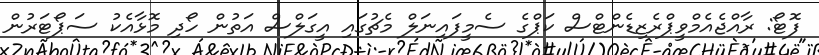
ފޮޓޯ: ރާއްޖެއެމްވީޕްރެޒިޑެންޓްސް ކަޕްގެ ސެމީފައިނަލް މެޗުގައި އީގަލްސް އަތުން ހޯދި މޮޅާއެކު ސަޕޯޓަރުން